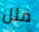
مثل